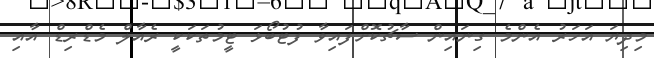
މިދިޔަ އަހަރު އެންމެ ގިނައިން ސާޗުކޮށްފައިވާ ފުޓުބޯޅަ ޓީމުތަކަކީ ރެއާލް މެޑްރިޑް އާއި